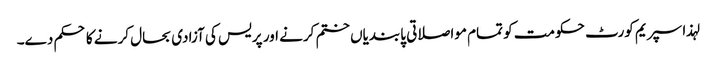
لہذا سپریم کورٹ حکومت کو تمام مواصلاتی پابندیاں ختم کرنے اور پریس کی آزادی بحال کرنے کا حکم دے۔